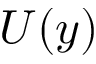
U ( y )